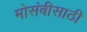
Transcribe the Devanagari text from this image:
मोसंबीसाठी